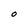
Character: O